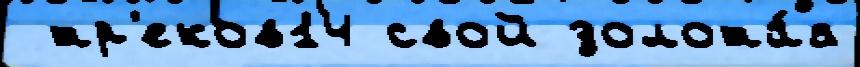
 тр'еков14 свой золота́я